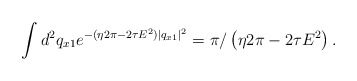
\begin{align*}\int d^2q_{x1}e^{ -( \eta 2\pi - 2\tau E^2 ) |q_{x1}|^2 }=\pi/ \left ( \eta 2\pi - 2\tau E^2 \right ).\end{align*}